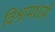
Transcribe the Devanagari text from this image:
विश्रामधामे